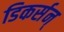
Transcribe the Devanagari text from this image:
डिकर्सन्